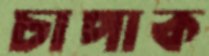
চাপাক